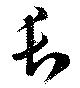
長